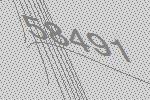
58491